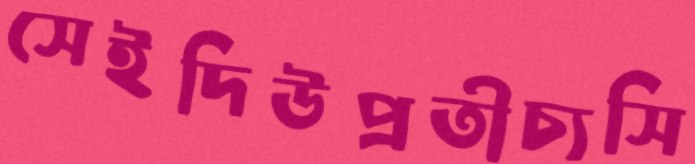
সেইদিউপ্রতীচ্যসি